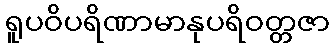
ရူပဝိပရိဏာမာနုပရိဝတ္တဇာ